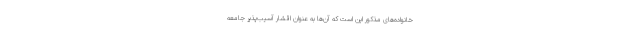
خانواده‌های مذکور این است که آن‌ها به عنوان اقشار آسیب‌پذیر جامعه